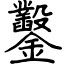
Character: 鑿